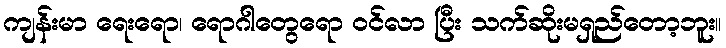
ကျန်းမာ ရေးရော၊ ရောဂါတွေရော ဝင်လာ ပြီး သက်ဆိုးမရှည်တော့ဘူး။